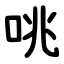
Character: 咷